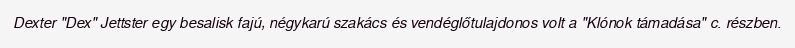
Dexter "Dex" Jettster egy besalisk fajú, négykarú szakács és vendéglőtulajdonos volt a "Klónok támadása" c. részben.